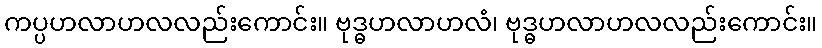
ကပ္ပဟလာဟလလည်းကောင်း။ ဗုဒ္ဓဟလာဟလံ၊ ဗုဒ္ဓဟလာဟလလည်းကောင်း။